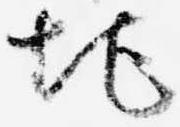
地